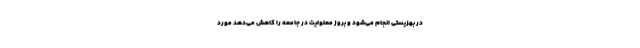
در بهزیستی انجام می‌شود و بروز معلولیت در جامعه را کاهش می‌دهد مورد